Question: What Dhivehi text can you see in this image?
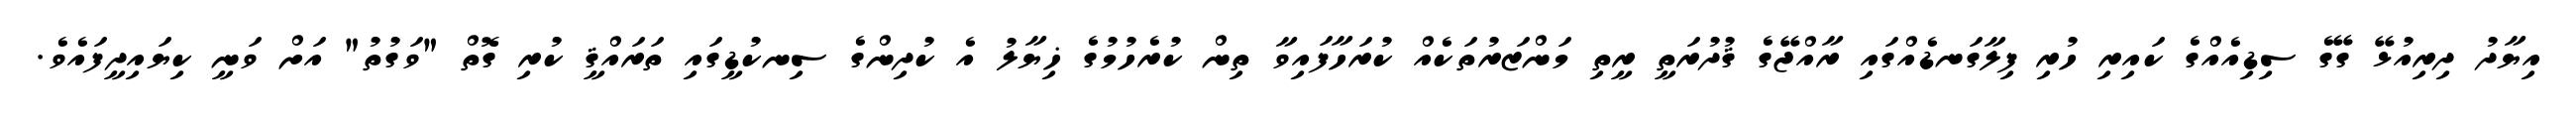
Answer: އިޔާދު ދިރިއުޅޭ ގޭގެ ސިޑިއެއްގެ ކައިރި ހުރި ފިލާގަނޑެއްގައި ރާއްޖޭގެ ޤުދުރަތީ ރީތި މަންޒަރުތަކެއް ކުރަހާފައިވާ ތިން ކުރެހުމުގެ ޚިޔާލު އެ ކުދިންގެ ސިނކުޑީގައި ތަރައްޤީ ކުރި ގޮތް "ވަގުތު" އަށް ވަނީ ކިޔައިދީފައެވެ.